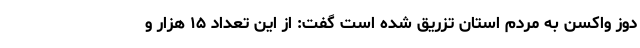
دوز واکسن به مردم استان تزریق شده است گفت: از این تعداد ۱۵ هزار و